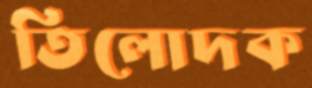
তিলোদক